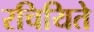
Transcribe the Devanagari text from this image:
रचियिते